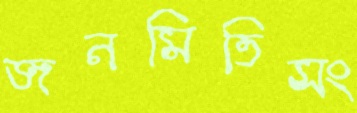
জনমিতিসং